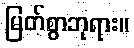
မြတ်စွာဘုရား။